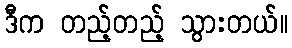
ဒီက တည့်တည့် သွားတယ်။